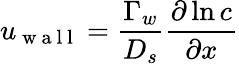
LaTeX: u_{\mathrm{~w~a~l~l~}}=\frac{\Gamma_{w}}{D_{s}}\frac{\partial\ln c}{\partial x}